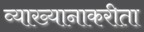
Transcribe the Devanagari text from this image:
व्याख्यानाकरीता